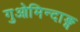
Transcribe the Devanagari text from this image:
गुओमिन्दाङ्ग